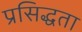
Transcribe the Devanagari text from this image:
प्रसिद्धता